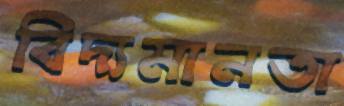
বিদ্যমানতা